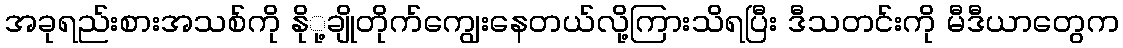
အခုရည်းစားအသစ်ကို နိုု့ချိုတိုက်ကျွေးနေတယ်လို့ကြားသိရပြီး ဒီသတင်းကို မီဒီယာတွေက